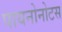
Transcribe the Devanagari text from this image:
पायनोनोटस